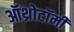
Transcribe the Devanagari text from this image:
ऑथ्रोटॉमी